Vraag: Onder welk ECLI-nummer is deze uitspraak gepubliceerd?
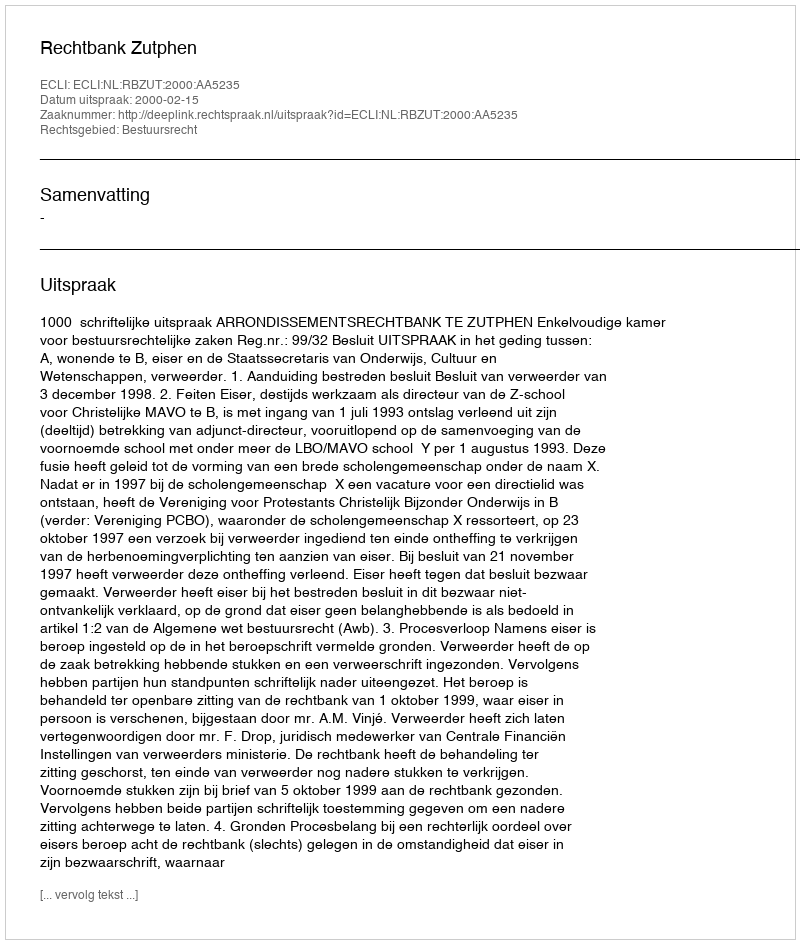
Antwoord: ECLI:NL:RBZUT:2000:AA5235